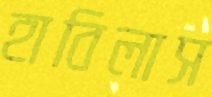
হাবিলাস